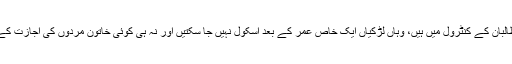
لیکن حقیقت یہ ہے جو علاقے طالبان کے کنٹرول میں ہیں، وہاں لڑکیاں ایک خاص عمر کے بعد اسکول نہیں جا سکتیں اور نہ ہی کوئی خاتون مردوں کی اجازت کے بغیر گھر سے نکل سکتی ہے۔